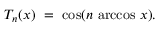
T _ { n } ( x ) \ = \ \cos ( n \, \operatorname { a r c c o s } \, x ) .